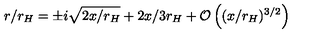
r / r _ { H } = \pm i \sqrt { 2 x / r _ { H } } + 2 x / 3 r _ { H } + { \mathcal O } \left( ( x / r _ { H } ) ^ { 3 / 2 } \right)